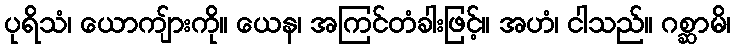
ပုရိသံ၊ ယောကျ်ားကို။ ယေန၊ အကြင်တံခါးဖြင့်။ အဟံ၊ ငါသည်။ ဂစ္ဆာမိ၊